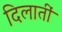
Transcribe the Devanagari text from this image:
दिलातीं